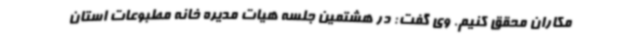
مکاران محقق کنیم. وی گفت: در هشتمین جلسه هیات مدیره خانه مطبوعات استان